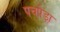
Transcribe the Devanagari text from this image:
पचपेड़ा